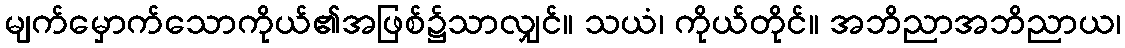
မျက်မှောက်သောကိုယ်၏အဖြစ်၌သာလျှင်။ သယံ၊ ကိုယ်တိုင်။ အဘိညာအဘိညာယ၊